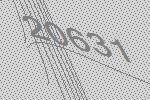
20631